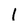
Character: I